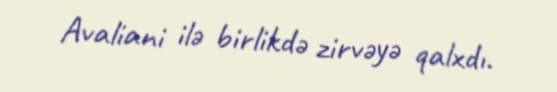
Avaliani ilə birlikdə zirvəyə qalxdı.